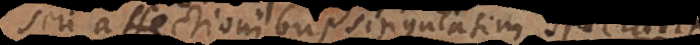
seu affectionibus singulatim spectatis